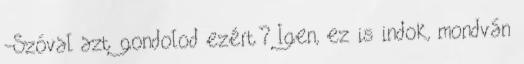
-Szóval azt gondolod ezért? Igen, ez is indok, mondván